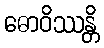
ဓောဝိဿန္တိ